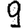
Digit: 9